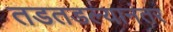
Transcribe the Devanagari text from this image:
तडतडल्यानंतर